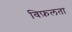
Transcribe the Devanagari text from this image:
विफ़लता